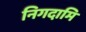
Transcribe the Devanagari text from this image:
निगदामि